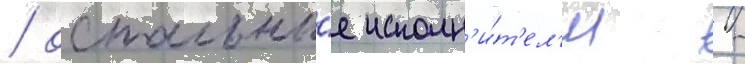
/ остальны́е исполн'и́т'ел'и -